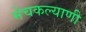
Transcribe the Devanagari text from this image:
मेचकल्याणी